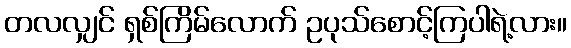
တလလျှင် ရှစ်ကြိမ်လောက် ဥပုသ်စောင့်ကြပါရဲ့လား။